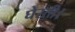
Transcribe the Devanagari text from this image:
घेरती।